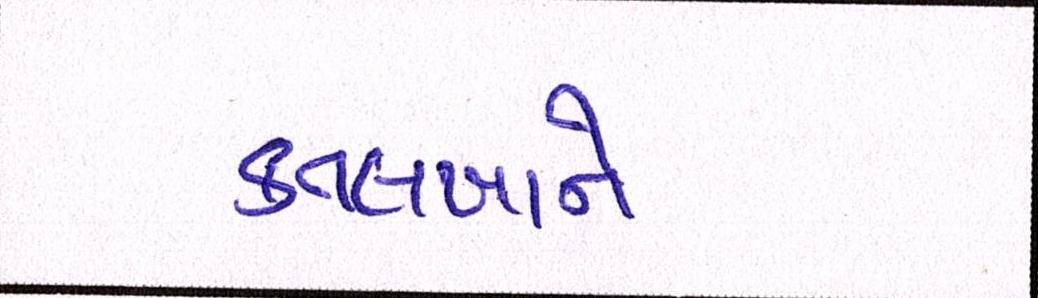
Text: કતલખાને